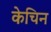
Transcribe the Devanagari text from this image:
केचिन